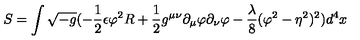
S = \int \sqrt { - g } ( - \frac { 1 } { 2 } \epsilon \varphi ^ { 2 } R + \frac { 1 } { 2 } g ^ { \mu \nu } \partial _ { \mu } \varphi \partial _ { \nu } \varphi - \frac { \lambda } { 8 } ( \varphi ^ { 2 } - \eta ^ { 2 } ) ^ { 2 } ) d ^ { 4 } x